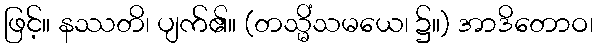
ဖြင့်။ နဿတိ၊ ပျက်၏။ (တသ္မိံသမယေ၊ ၌။) အာဒိတောဝ၊